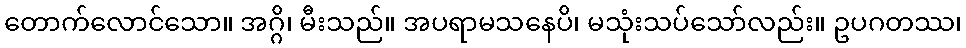
တောက်လောင်သော။ အဂ္ဂိ၊ မီးသည်။ အပရာမသနေပိ၊ မသုံးသပ်သော်လည်း။ ဥပဂတဿ၊